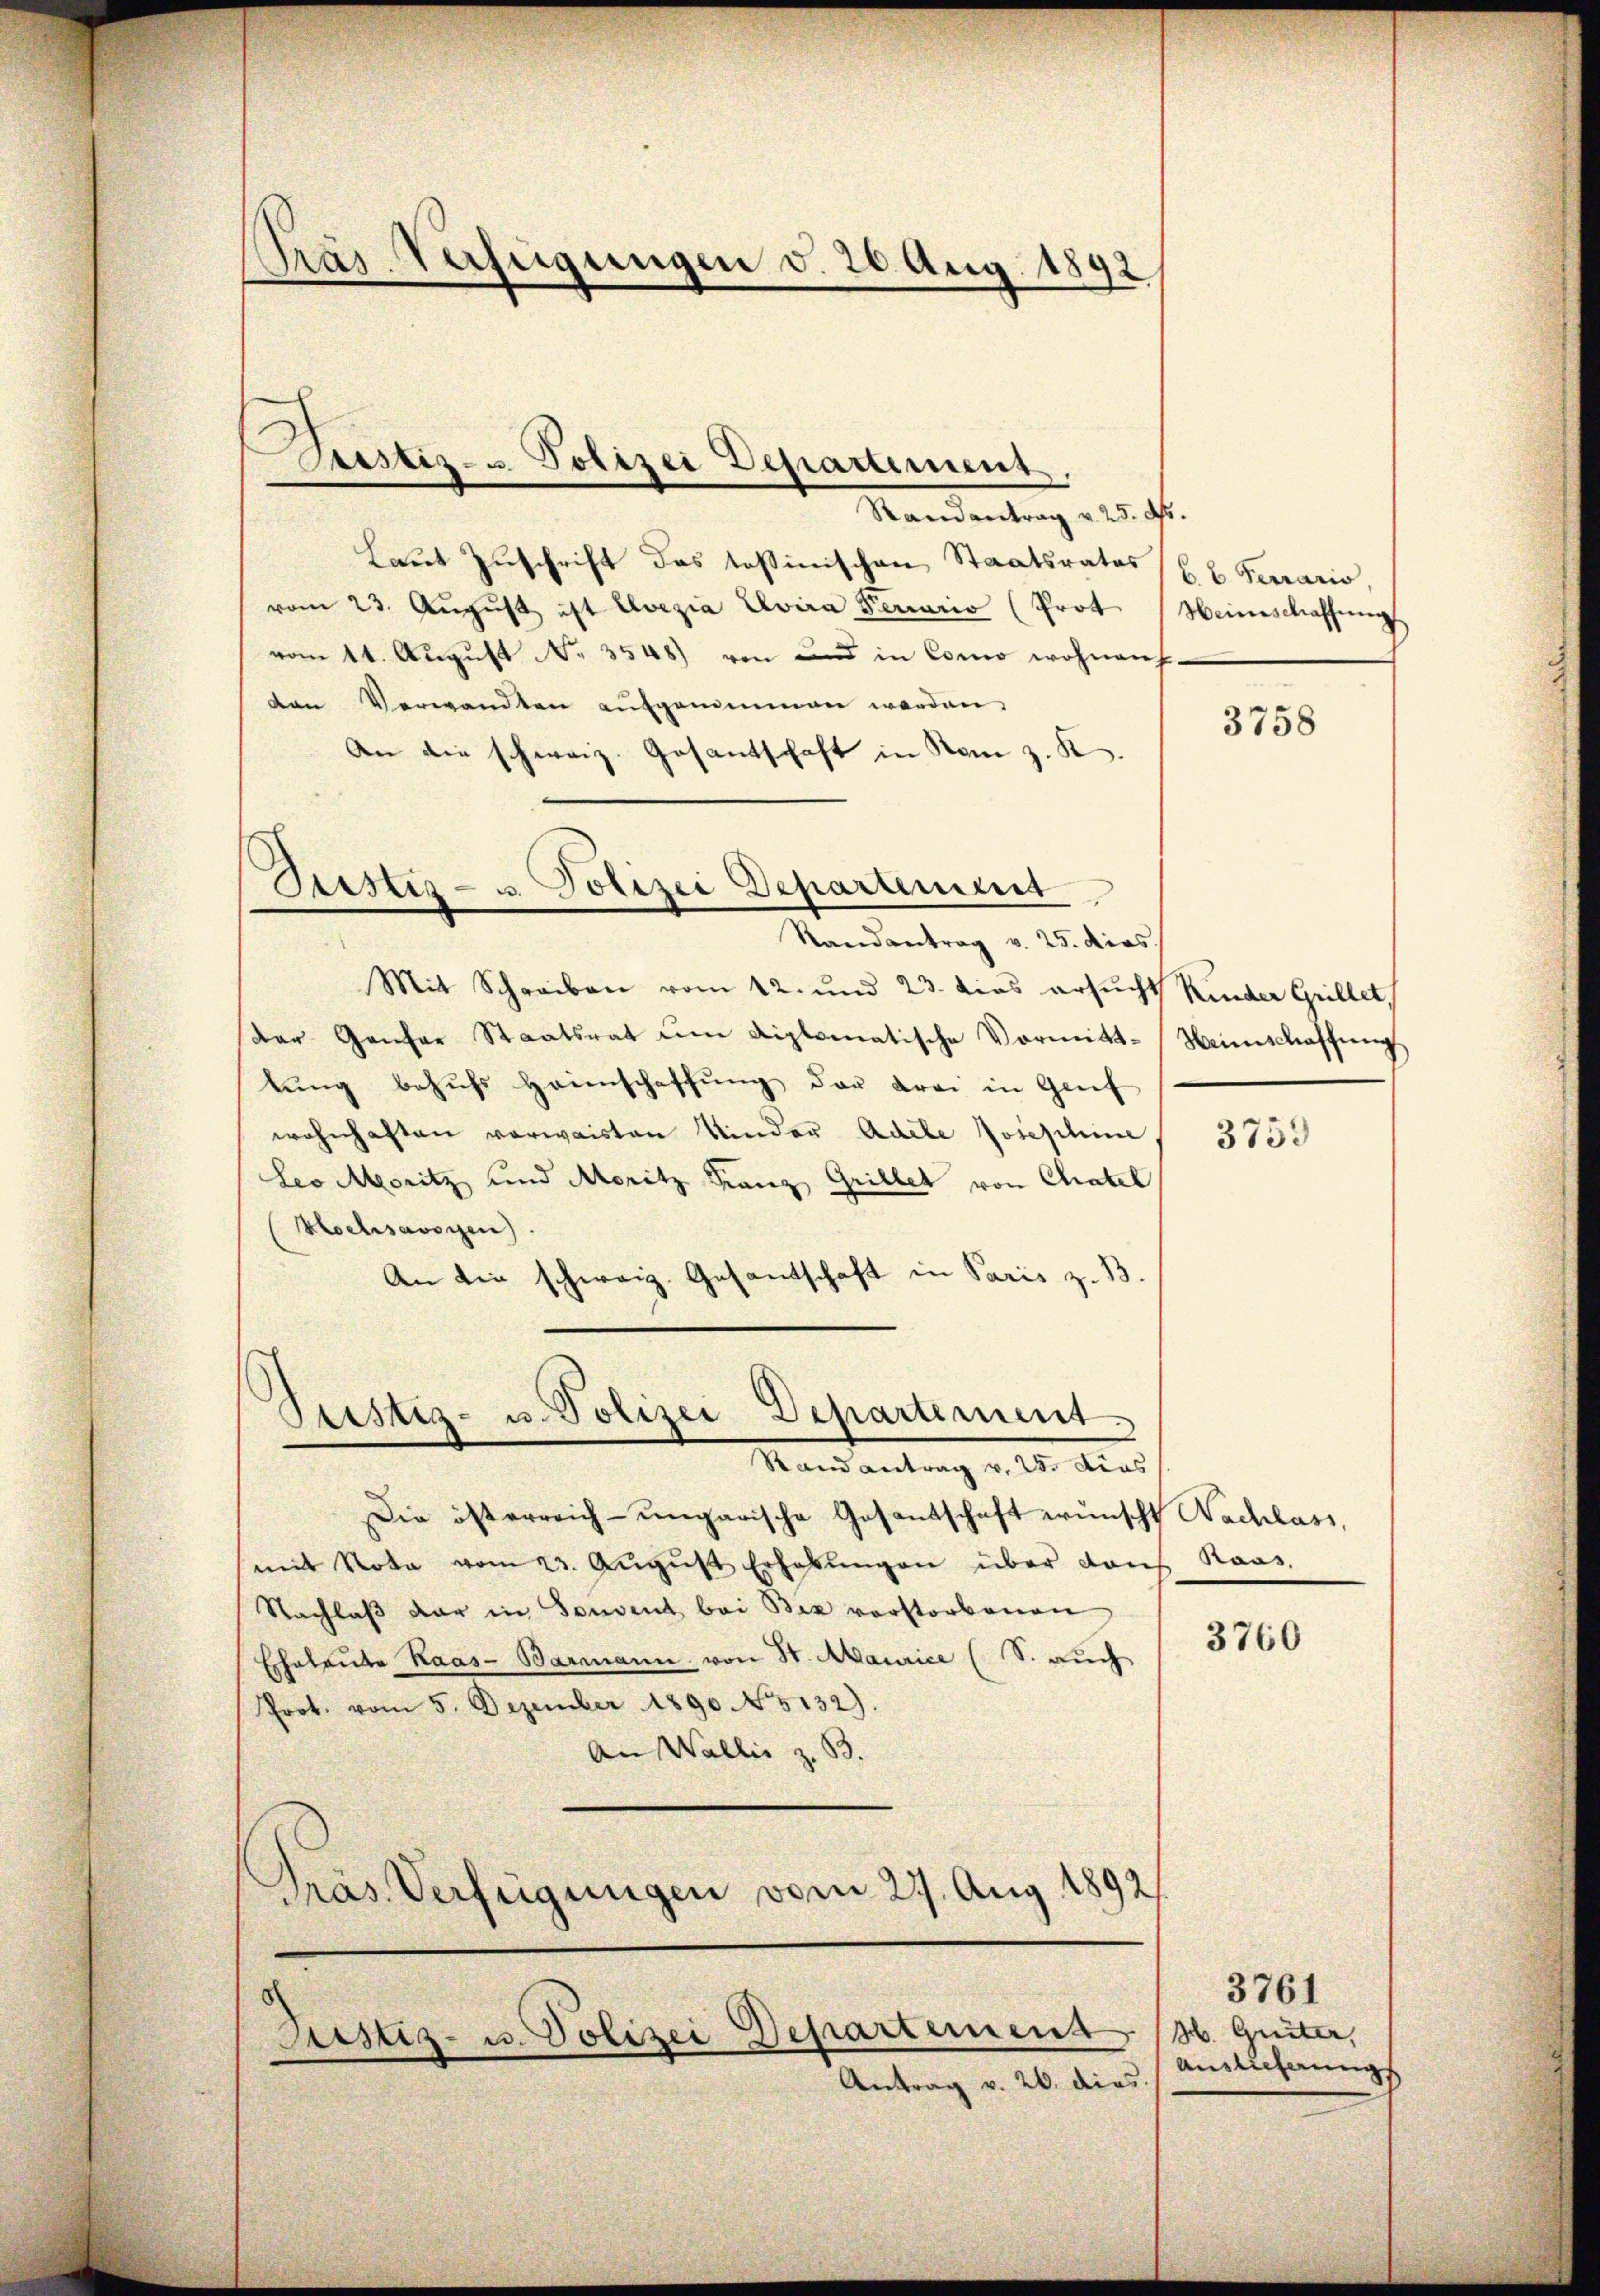
Präs. Verfügungen d. 20 Aug. 1892

Zustiz- u. Polizei Departement.

Randantrag v. 25. Fr.
Laut Zuschrift des Teßinischen Staatsrates (lt. Sarrario,
vom 23. Aŭgŭst ist Avezia Evira Fenario (Prot Heinschaffung
vom 11. August No. 3548) von und in Como wohnauf.
ten Verwandten aŭfgenommen worden,
An die schweiz. Gesantschaft in Rom z. K.

Justiz- u. Polizei Departement
Randantrag v. 25. dies

Mit Schreiben vom 12. und 23. dies ersucht Kinder Grillet,
der Genfer Staatsrat ŭm diplomatische Vormitt-Heimschaffŭng
tŭng behŭfs heienschaffŭng der drei in Greif
wohnhaften vorwaisten Kinder Adele Josephine
Leo Moritz und Moritz Franz Grillet von Chatel
Hochsässigen.
An die schweiz. Gesantschaft in Paris z. B.

Justiz- u. Polizei Departement
.
Rand antrag v. 25. dies

Justiz- u. Polizei Departement

Antrag v. 26. dies.

Die österreich-ungarische Gesantschaft wünscht Nachlass,
mit Nota vom 23. Aŭgŭst Erhabŭngen über dans Raas.
Nachlaß dar in Souvent bei Bex vorstorbenen
Eheleute Kaas-Barmann von St. Maurice (S. auch
Prot. vom 5. Dezember 1890 N 5132).
An Wallis z. B.
Präs. Verfügungen vom 27. Aug. 1892

3758

3759

3760

3761
M. Giiter,
Annlicherungs